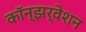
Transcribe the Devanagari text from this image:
कॉन्झर्वेशन